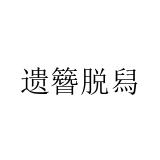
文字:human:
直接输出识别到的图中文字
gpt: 遗簪脱舄